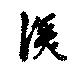
深